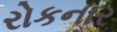
રોકનાર